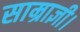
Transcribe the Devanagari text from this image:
साम्राज्ञी।